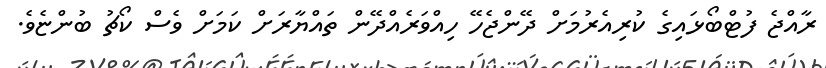
ރާއްޖެ ފުޓްބޯޅައިގެ ކުރިއެރުމަށް ދޭންޖެހޭ ހިއްވަރެއްދޭން ތައްޔާރަށް ކަމަށް ވެސް ކޯޗު ބުންޏެވެ.